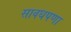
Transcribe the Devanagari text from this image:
सावधपणा